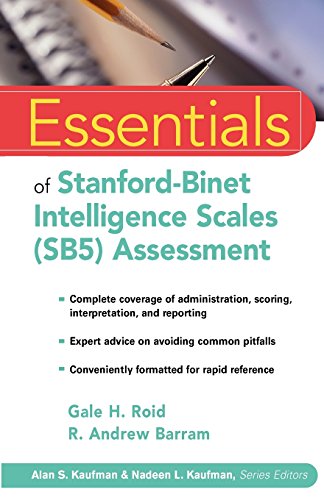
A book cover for Essentials of Stanford-Binet Intelligence Scales (SB5) Assessment; Gale H. Roid; Medical Books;